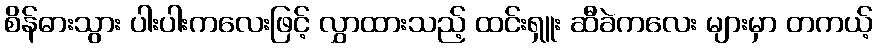
စိန်ဓားသွား ပါးပါးကလေးဖြင့် လွှာထားသည့် ထင်းရှူး ဆီခဲကလေး များမှာ တကယ့်